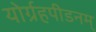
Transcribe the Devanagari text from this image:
योर्ग्रहपीडनम्